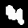
Label: 4